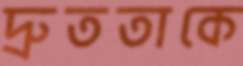
দ্রুততাকে